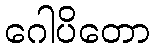
ဂေါပိတော